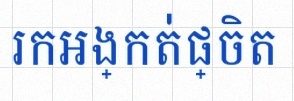
រកអង្កត់ផ្ចិត